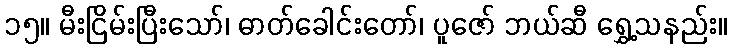
၁၅။ မီးငြိမ်းပြီးသော်၊ ဓာတ်ခေါင်းတော်၊ ပူဇော် ဘယ်ဆီ ရွှေ့သနည်း။